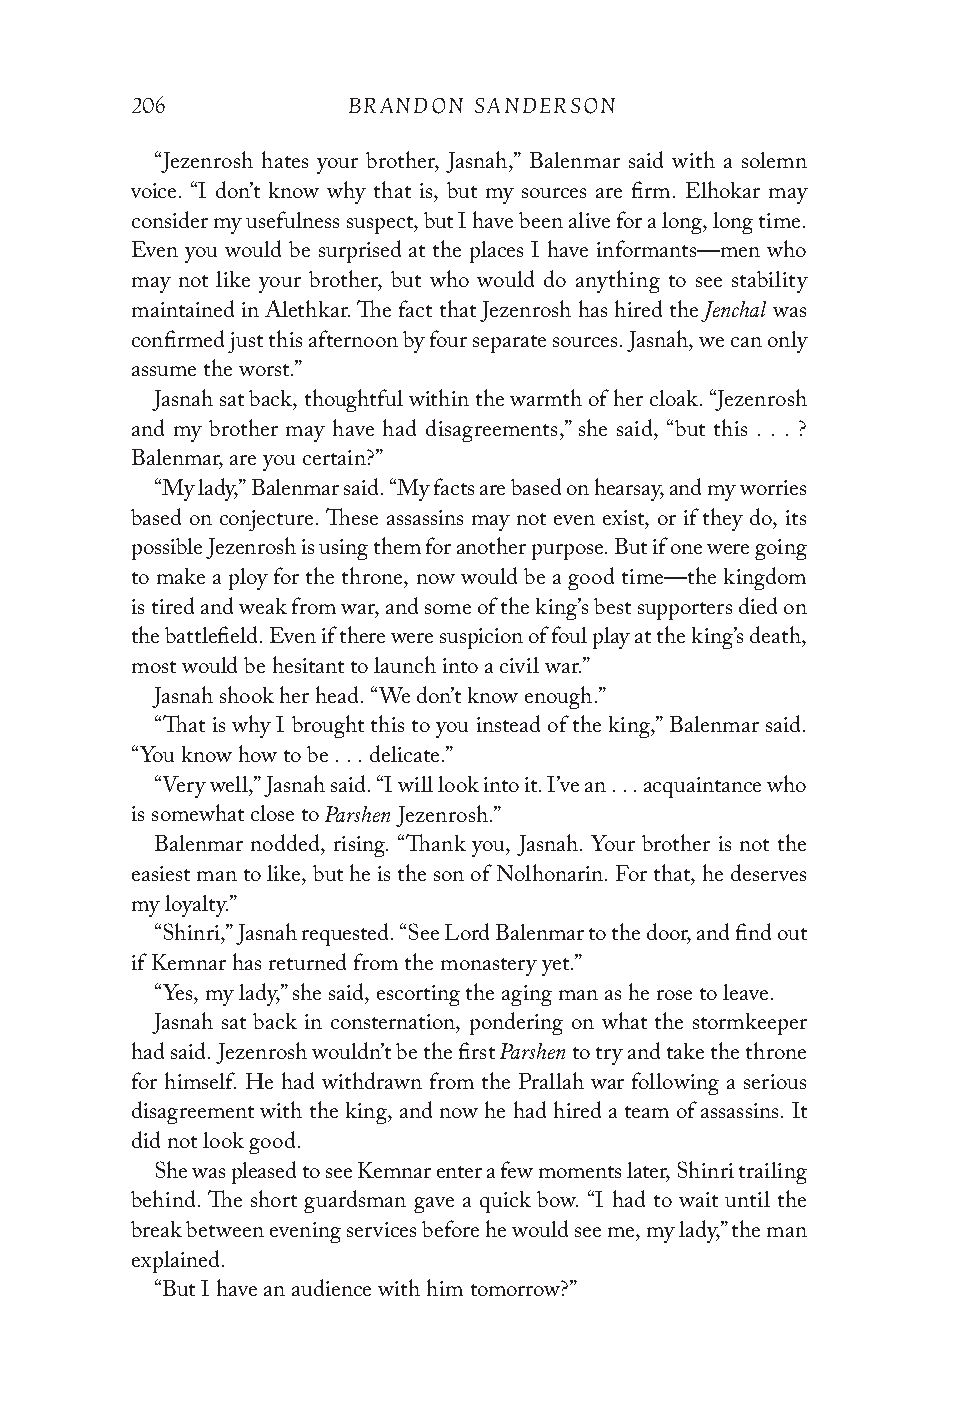
206           BRANDON SANDERSON
 “Jezenrosh hates your brother, Jasnah,” Balenmar said with a solemn
 voice. “I don’t know why that is, but my sources are firm. Elhokar may
 consider my usefulness suspect, but I have been alive for a long, long time.
 Even you would be surprised at the places I have informants—men who
 may not like your brother, but who would do anything to see stability
 Jenchal
 maintained in Alethkar. The fact that Jezenrosh has hired the was
 confirmed just this afternoon by four separate sources. Jasnah, we can only
 assume the worst.”
 Jasnah sat back, thoughtful within the warmth of her cloak. “Jezenrosh
 and my brother may have had disagreements,” she said, “but this . . . ?
 Balenmar, are you certain?”
 “My lady,” Balenmar said. “My facts are based on hearsay, and my worries
 based on conjecture. These assassins may not even exist, or if they do, its
 possible Jezenrosh is using them for another purpose. But if one were going
 to make a ploy for the throne, now would be a good time—the kingdom
 is tired and weak from war, and some of the king’s best supporters died on
 the battlefield. Even if there were suspicion of foul play at the king’s death,
 most would be hesitant to launch into a civil war.”
 Jasnah shook her head. “We don’t know enough.”
 “That is why I brought this to you instead of the king,” Balenmar said.
 “You know how to be . . . delicate.”
 “Very well,” Jasnah said. “I will look into it. I’ve an . . . acquaintance who
 Parshen
 is somewhat close to Jezenrosh.”
 Balenmar nodded, rising. “Thank you, Jasnah. Your brother is not the
 easiest man to like, but he is the son of Nolhonarin. For that, he deserves
 my loyalty.”
 “Shinri,” Jasnah requested. “See Lord Balenmar to the door, and find out
 if Kemnar has returned from the monastery yet.”
 “Yes, my lady,” she said, escorting the aging man as he rose to leave.
 Jasnah sat back in consternation, pondering on what the stormkeeper
 Parshen
 had said. Jezenrosh wouldn’t be the first to try and take the throne
 for himself. He had withdrawn from the Prallah war following a serious
 disagreement with the king, and now he had hired a team of assassins. It
 did not look good.
 She was pleased to see Kemnar enter a few moments later, Shinri trailing
 behind. The short guardsman gave a quick bow. “I had to wait until the
 break between evening services before he would see me, my lady,” the man
 explained.
 “But I have an audience with him tomorrow?”